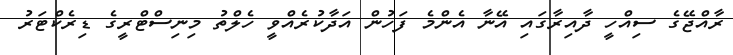
ރާއްޖޭގެ ސިއްހީ ދާއިރާގައި އޭނާ އެންމެ ފަހުން އަދާކުރެއްވީ ހެލްތު މިނިސްޓްރީގެ ޑިރެކްޓަރު